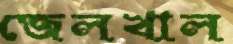
জেলখাল